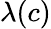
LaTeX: \lambda(c)